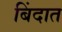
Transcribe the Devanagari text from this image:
बिंदात